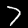
Digit: 7